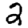
Digit: 2